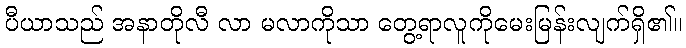
ပီယာသည် အနာတိုလီ လာ မလာကိုသာ တွေ့ရာလူကိုမေးမြန်းလျက်ရှိ၏။